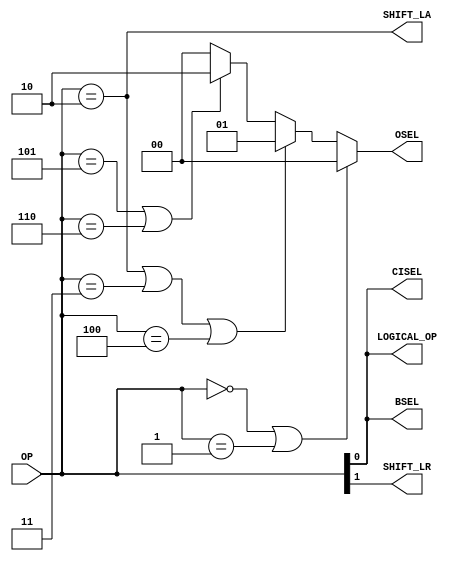
module control(OP, BSEL, CISEL, OSEL, SHIFT_LA, SHIFT_LR, LOGICAL_OP); // add other inputs and outputs here

// inputs 
input [2:0] OP;

// outputs 
output BSEL;
output CISEL;
output [1:0] OSEL;
output SHIFT_LA;
output SHIFT_LR;
output LOGICAL_OP;

// reg and internal variable definitions
wire q = (OP==3'b000 | OP ==3'b001);
wire w = (OP==3'b010 | OP==3'b011 | OP ==3'b100);
wire e = (OP==3'b101 | OP ==3'b110);
assign BSEL = OP[0];
assign CISEL = OP[0];
assign OSEL = (q ? 2'b00 : w ? 2'b01 : e ? 2'b10: q);
assign SHIFT_LA = (OP==3'b010);
assign SHIFT_LR = OP[1];
assign LOGICAL_OP = OP[0];


endmodule